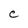
Character: e